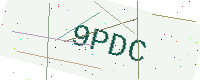
Text: 9PDC